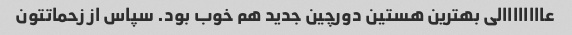
عاااااااالی بهترین هستین دورچین جدید هم خوب بود. سپاس از زحماتتون